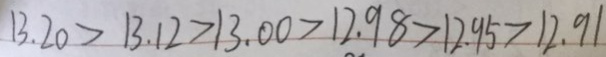
1 3 . 2 0 > 1 3 . 1 2 > 1 3 . 0 0 > 1 2 . 9 8 > 1 2 . 9 5 > 1 2 . 9 1